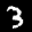
Label: 3